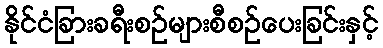
နိုင်ငံခြားခရီးစဉ်များစီစဉ်ပေးခြင်းနှင့်